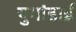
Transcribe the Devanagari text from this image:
युगांडाई